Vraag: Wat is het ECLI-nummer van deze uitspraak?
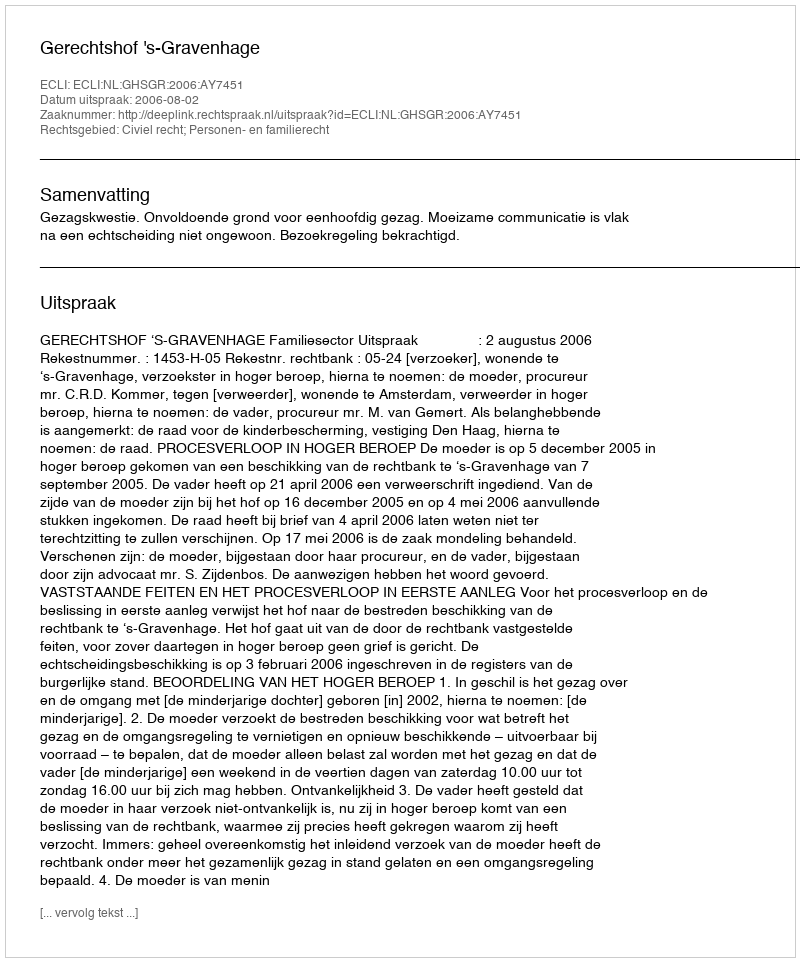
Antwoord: ECLI:NL:GHSGR:2006:AY7451